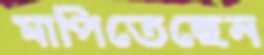
মাপিতেছেন